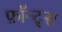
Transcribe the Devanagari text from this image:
फ़ॉन्ट्‍स